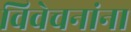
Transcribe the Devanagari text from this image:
विवेचनांना